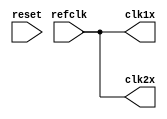
/***************************************************************************
*  1997-2015 Cadence Design Systems, Inc.  All rights reserved.           *
* This work may not be copied, modified, re-published, uploaded, executed, *
* or distributed in any way, in any medium, whether in whole or in part,   *
* without prior written permission from Cadence Design Systems, Inc.       *
****************************************************************************/

`ifdef PLL_MODEL
`else
module pll(refclk, clk1x, clk2x, reset);
    input  refclk;
    output clk1x;
    output clk2x;
    input reset;

    buf (clk1x, refclk);
    buf (clk2x, refclk);

endmodule
`endif